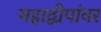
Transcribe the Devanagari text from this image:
महाद्वीपांवर